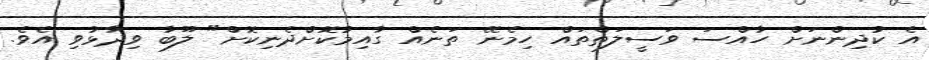
އެ ކުދިންނަށް ހާއްސަ ވަސީލަތްތައް ހިމެނޭ ތަނެއް ގާއިމުކޮށްދެނިކޮށް" ލޫބާ ވިދާޅުވި އެވެ.